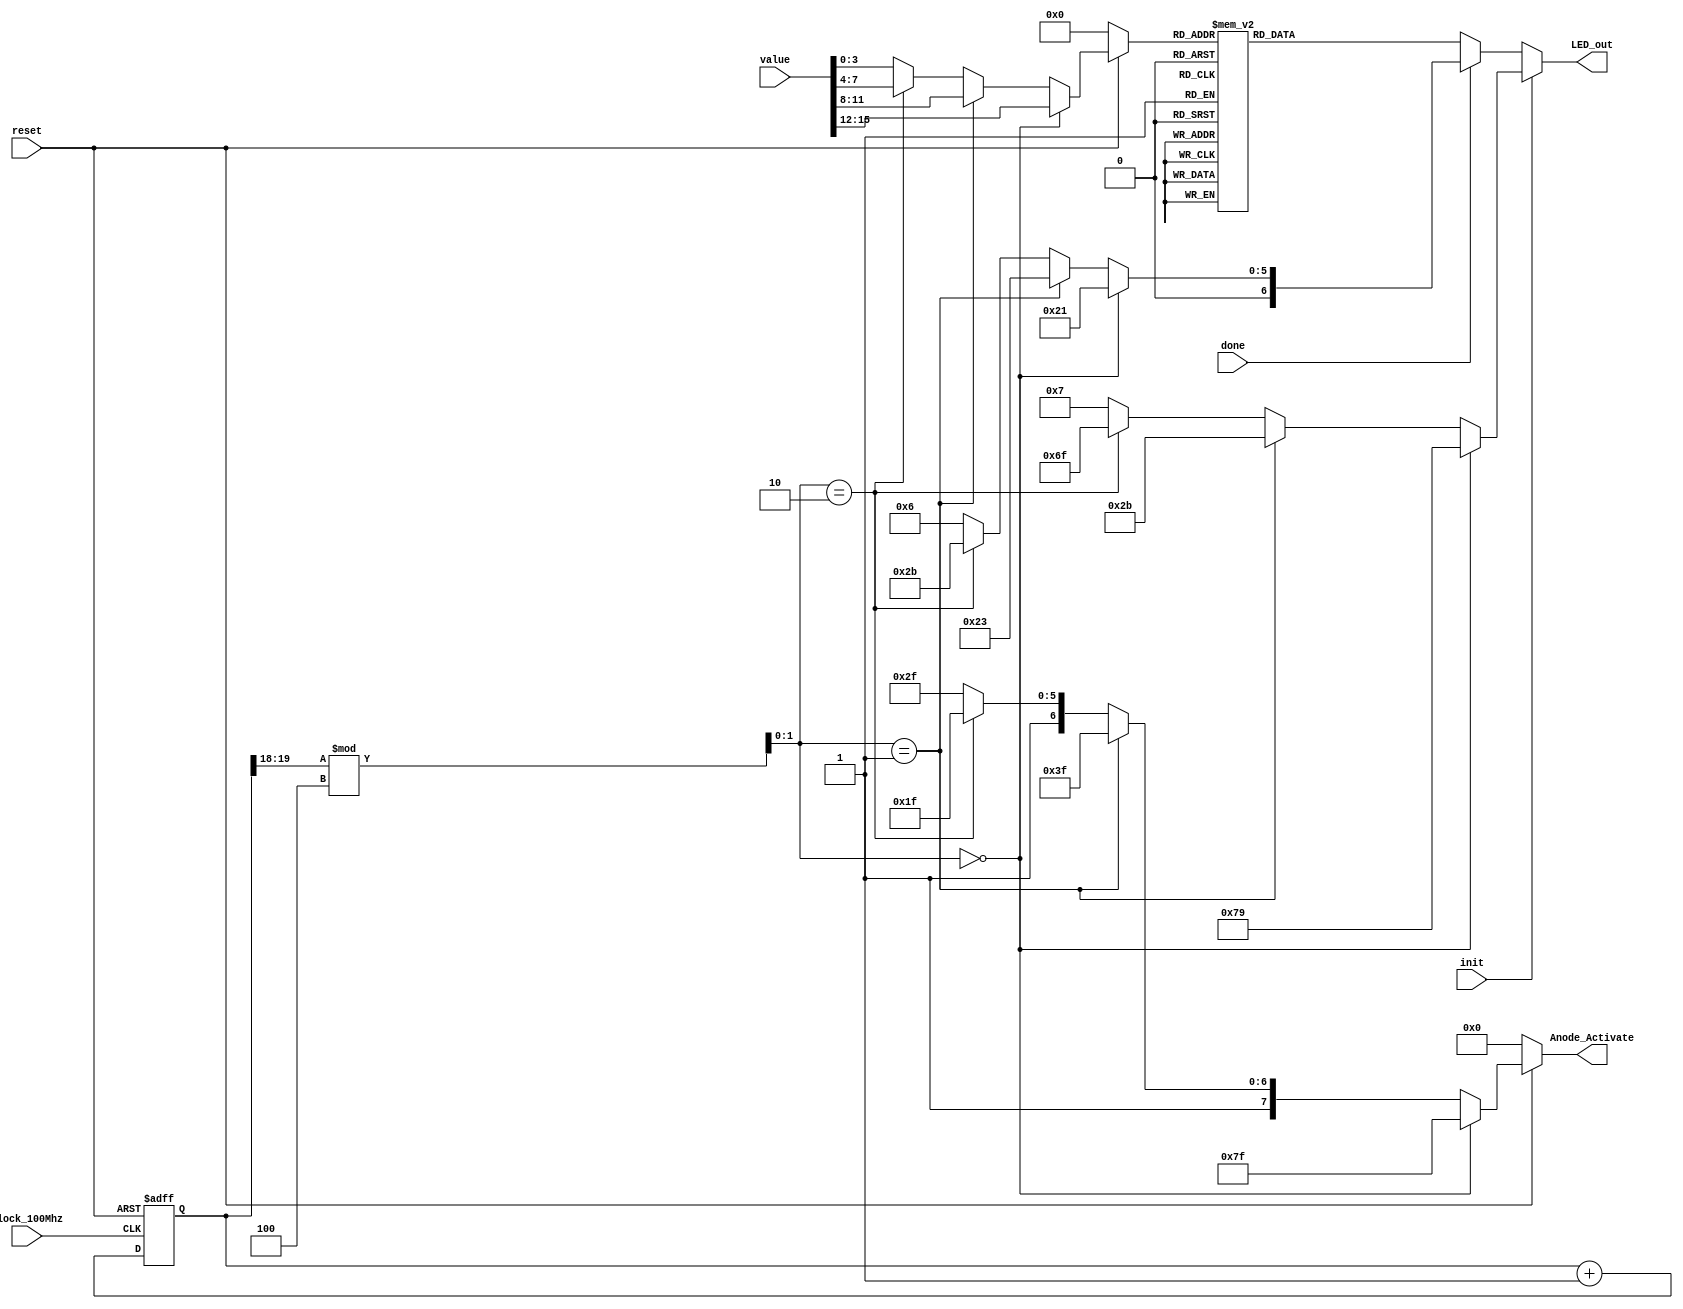
//Team2: Kedhar Vatsan Akshatha Pravalika
`timescale 1ns / 1ps

module sevenSegmentDisplayController(
    input            clock_100Mhz,             // 100 Mhz clock source on Nexys A7 FPGA
    input            reset,                    // reset
    input            init,
    input            done,
    input     [15:0] value,
    output reg [7:0] Anode_Activate, // anode signals of the 7-segment LED display
    output reg [6:0] LED_out// cathode patterns of the 7-segment LED display
);

    reg [3:0] LED_BCD;
    reg [19:0] refresh_counter; 
    // 20-bit for creating 10.5ms refresh period or 380Hz refresh rate
    // the first 2 MSB bits for creating 4 LED-activating signals with 2.6ms digit period
    wire [1:0] LED_activating_counter, timeslot; 
            //   count       0    ->  1  ->  2  ->  3
            // activates    LED1    LED2   LED3   LED4
    always @(posedge clock_100Mhz or negedge reset)
    begin 
        if(!reset)
            refresh_counter <= 0;
		else
            refresh_counter <= refresh_counter + 1;
    end 
//    assign LED_activating_counter = refresh_counter[1:0]; //simulation
    assign LED_activating_counter = refresh_counter[19:18]; //emulation
    assign timeslot = LED_activating_counter%4;
    // anode activating signals for 4 LEDs, digit period of 2.6ms
    // decoder to generate anode signals 
    
    always @(*)
    begin
        if(!reset) begin
            LED_BCD         =   4'b0;
            Anode_Activate  =   4'b0;
        end else if (timeslot == 0) begin
		    LED_BCD           = value[15:12]; 
		    Anode_Activate    = 8'b01111111;    // activate LED1 and Deactivate LED2, LED3, LED4
          end
        else if (timeslot == 1) begin
            LED_BCD         = value[11:8]; 
            Anode_Activate  = 8'b10111111;  // activate LED2 and Deactivate LED1, LED3, LED4
            end
        else if (timeslot == 2) begin
            LED_BCD         = value[7:4]; 
            Anode_Activate  = 8'b11011111;  // activate LED3 and Deactivate LED2, LED1, LED4
            end
         else begin
            LED_BCD         = value[3:0]; 
            Anode_Activate  = 8'b11101111;  // activate LED4 and Deactivate LED2, LED3, LED1
            end
    end

    // Cathode patterns of the 7-segment LED display 
    always @ (*) begin
        if (init) begin
            if(timeslot == 0) 
                    LED_out = 7'b111_1001;    //I("1")
            else if (timeslot == 1)
                    LED_out = 7'b010_1011;    //n
            else if (timeslot == 2)
                    LED_out = 7'b110_1111;    //i
            else    LED_out = 7'b000_0111;    //t
        end 
        else if (done) begin
            if(timeslot == 0) 
                    LED_out = 7'b010_0001;    //d
            else if (timeslot == 1)
                    LED_out = 7'b010_0011;     //o
            else if (timeslot == 2)
                    LED_out = 7'b010_1011;    //n
            else    LED_out = 7'b000_0110;    //E
        end 
        else case(LED_BCD)
            4'b0000: LED_out = 7'b100_0000;    // digit 0
            4'b0001: LED_out = 7'b111_1001;    // digit 1
            4'b0010: LED_out = 7'b010_0100;    // digit 2
            4'b0011: LED_out = 7'b011_0000;    // digit 3
            4'b0100: LED_out = 7'b001_1001;    // digit 4
            4'b0101: LED_out = 7'b001_0010;    // digit 5
            4'b0110: LED_out = 7'b000_0010;    // digit 6
            4'b0111: LED_out = 7'b111_1000;    // digit 7
            4'b1000: LED_out = 7'b000_0000;    // digit 8
            4'b1001: LED_out = 7'b001_0000;    // digit 9
            4'b1010: LED_out = 7'b000_1000;    // digit A
            4'b1011: LED_out = 7'b000_0011;    // digit B
            4'b1100: LED_out = 7'b100_0110;    // digit C
            4'b1101: LED_out = 7'b010_0001;    // digit d
            4'b1110: LED_out = 7'b000_0110;    // digit E
            4'b1111: LED_out = 7'b000_1110;    // digit F
            default: LED_out = 7'b0111100;    // letter n
        endcase
    end
 endmodule